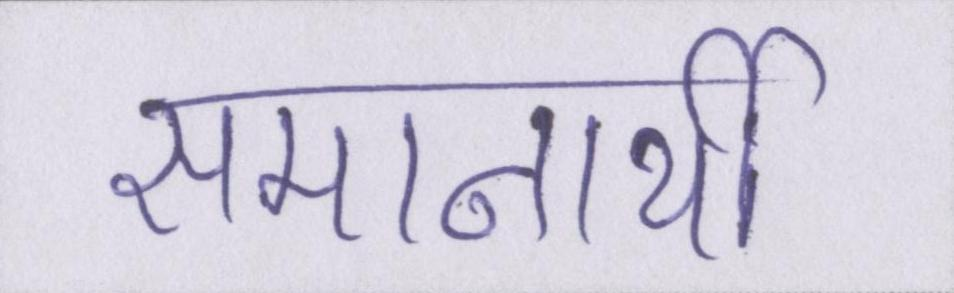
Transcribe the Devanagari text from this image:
समानार्थी